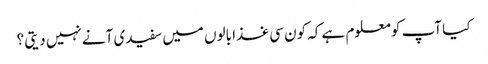
کیا آپ کومعلوم ہے کہ کون سی غذا بالوں میں سفیدی آنے نہیں دیتی ؟